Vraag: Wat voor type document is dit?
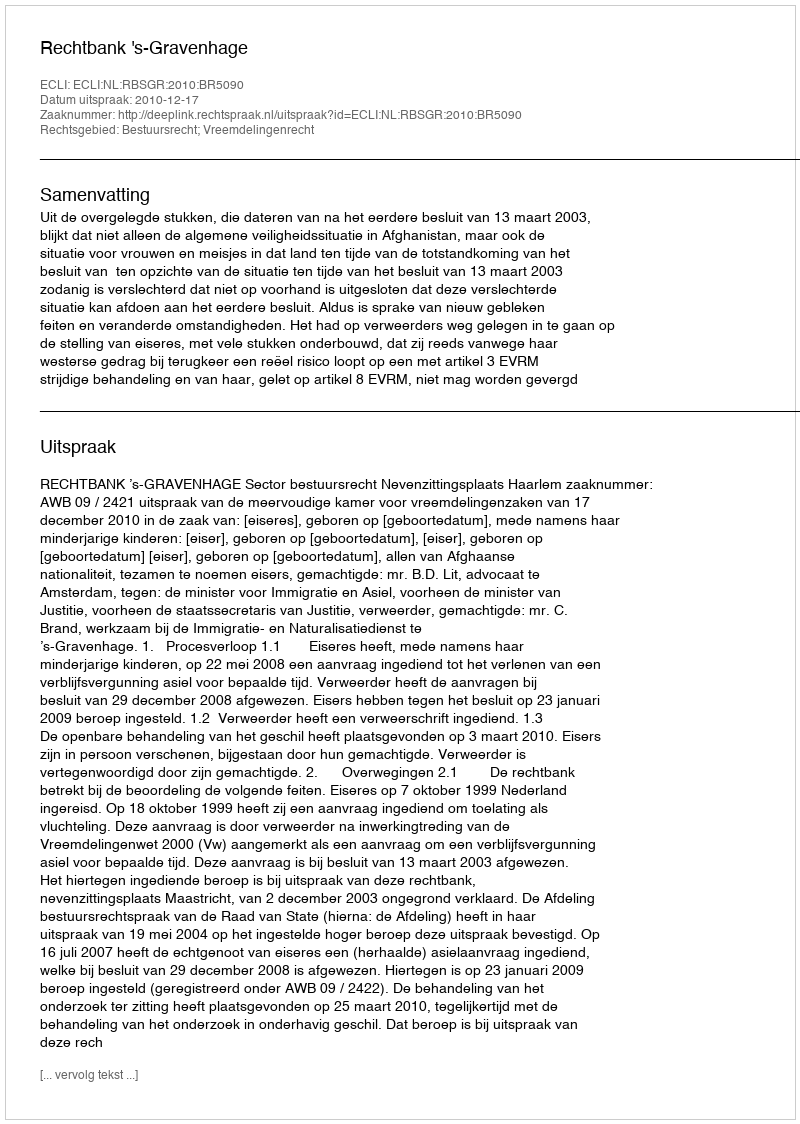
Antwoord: Uitspraak